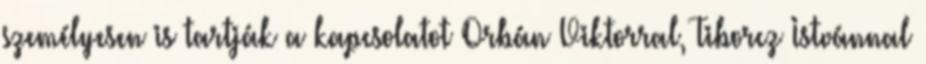
személyesen is tartják a kapcsolatot Orbán Viktorral, Tiborcz Istvánnal